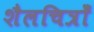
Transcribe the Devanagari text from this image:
शैलचित्रोँ